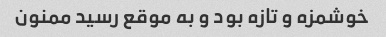
خوشمزه و تازه بود و به موقع رسید ممنون